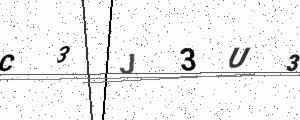
Text: C3J3U3